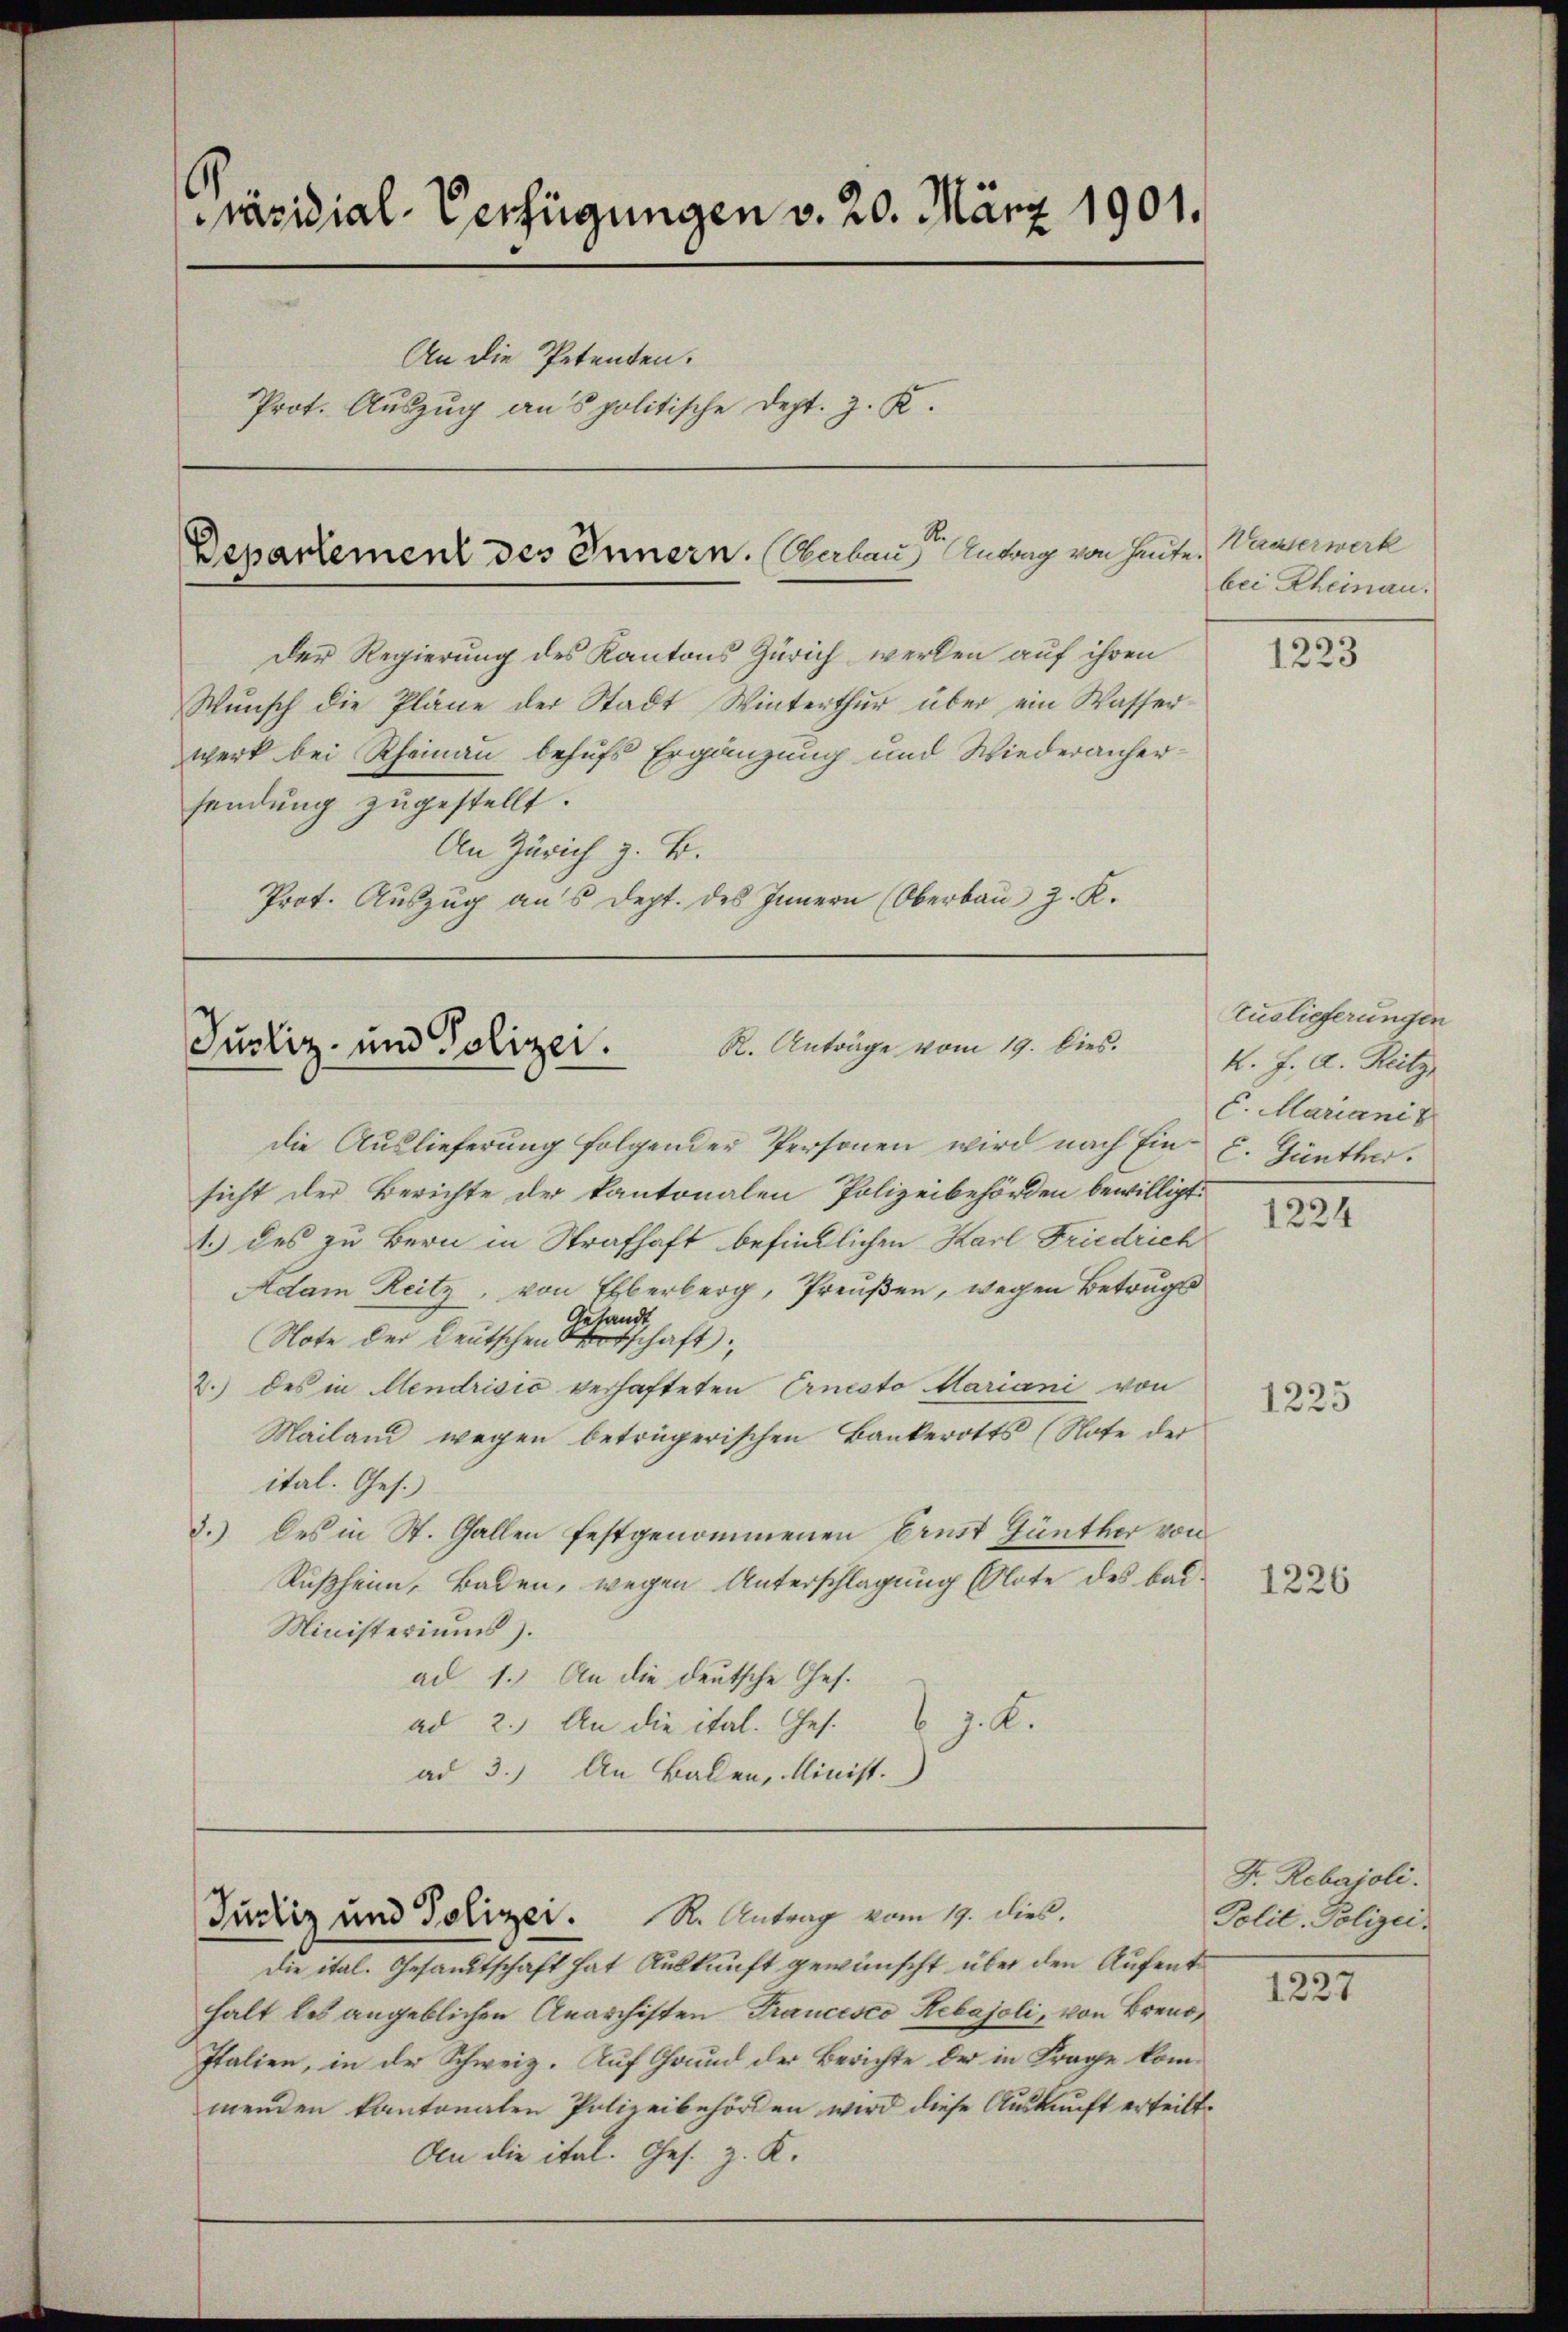
Präsidial-Verfügungen v. 20. März 1901.
An die Petenten.
Prot. Auszug aus politische Dept. J. K.

Der Regierung des Kantons Zürich werden auf ihren
Wunsch die Pläne der Stadt Winterthur über ein Wasserwerk bei Rheinau behufs Ergänzung und Wiederanhersendung zugestellt.
An Zürich z. B.
Prot. Auszug aus dept. des Innern (Oberbau z. K.

Departement des Innern. Bebaus Antrag von heute.

R. Anträge vom 19. Dies.
Justiz- und Polizei.

Justiz und Polizei. R. Antrag vom 19. dies.

die Auslieferung folgender Personen wird nach Einsicht der Berichte der kantonalen Polizeibehörden bewilligt.
1.) des zu Bern in Strafhaft befindlichen Karl Friedrich
Adam Reitz, von Eberberg, Preußen, wegen Betrugs
Gesandt
Note der Deutschen Ortschaft
2.) des in Mendrisić verhafteten Ernesto Mariani von
Mailand wegen betrügerischen Bankerotts (Note der
ital. Ges.)
3.) Des in St. Gallen festgenommenen Ernst Günther von
Rußheim, Baden, wegen Unterschlagung Note des bad¬
Ministeriums).
ad 1.) An die deutsche Ges.
ad 2. An die ital. Ges. v. J. K.
ad 3.) An Ballen, Minist.

Die ital. Gesandtschaft hat Auskunft gewünscht über den Aufenthalt des angeblichen Anarchisten Trancesco Hebajoli, von Bren
Italien, in der Schweiz. Auf Grund der Berichte der in Frage kommenden kantonalen Polizeibehörden wird diese Auskunft erteilt.
An die ital. Ges. z. K.

Wasserwerk
bei Rheinau.

1223

Zuslieferungen
K. J. A. Reitz
C. Mariani
E. Günther.

1224

1225

1226

F. Rebajoli.
Polit. Polizei.

1227